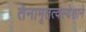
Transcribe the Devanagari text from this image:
तेनामृतत्वस्येशाने